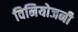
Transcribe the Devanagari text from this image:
विनियोजनी